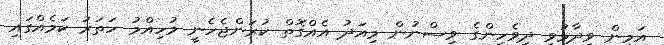
އަމީން ވިދާޅުވީ ދިވެހިންގެ ވިސްނުން މިއަދު އެއްގޮތް ކުރަންޖެހެނީ މުހިއްމު ހަތަރު ކަމެއްގައި